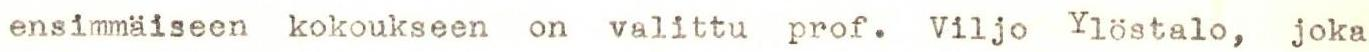
ensimmäiseen kokoukseen on valittu prof. Viljo Ylöstalo, joka